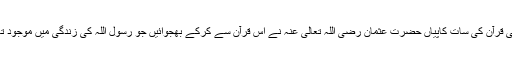
اسی قرآن کی سات کاپیاں حضرت عثمان رضی اللہ تعالی عنہ نے اس قرآن سے کرکے بھجوائیں جو رسول اللہ کی زندگی میں موجود تھا۔